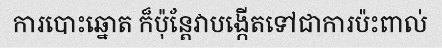
ការបោះឆ្នោត ក៏ប៉ុន្តែវាបង្កើតទៅជាការប៉ះពាល់